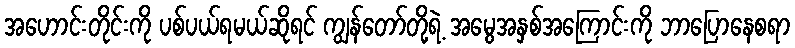
အဟောင်းတိုင်းကို ပစ်ပယ်ရမယ်ဆိုရင် ကျွန်တော်တို့ရဲ့ အမွေအနှစ်အကြောင်းကို ဘာပြောနေစရာ